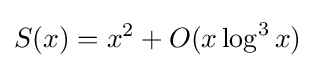
S(x)=x^{2}+O(x\log ^{3}x)